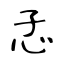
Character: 孞